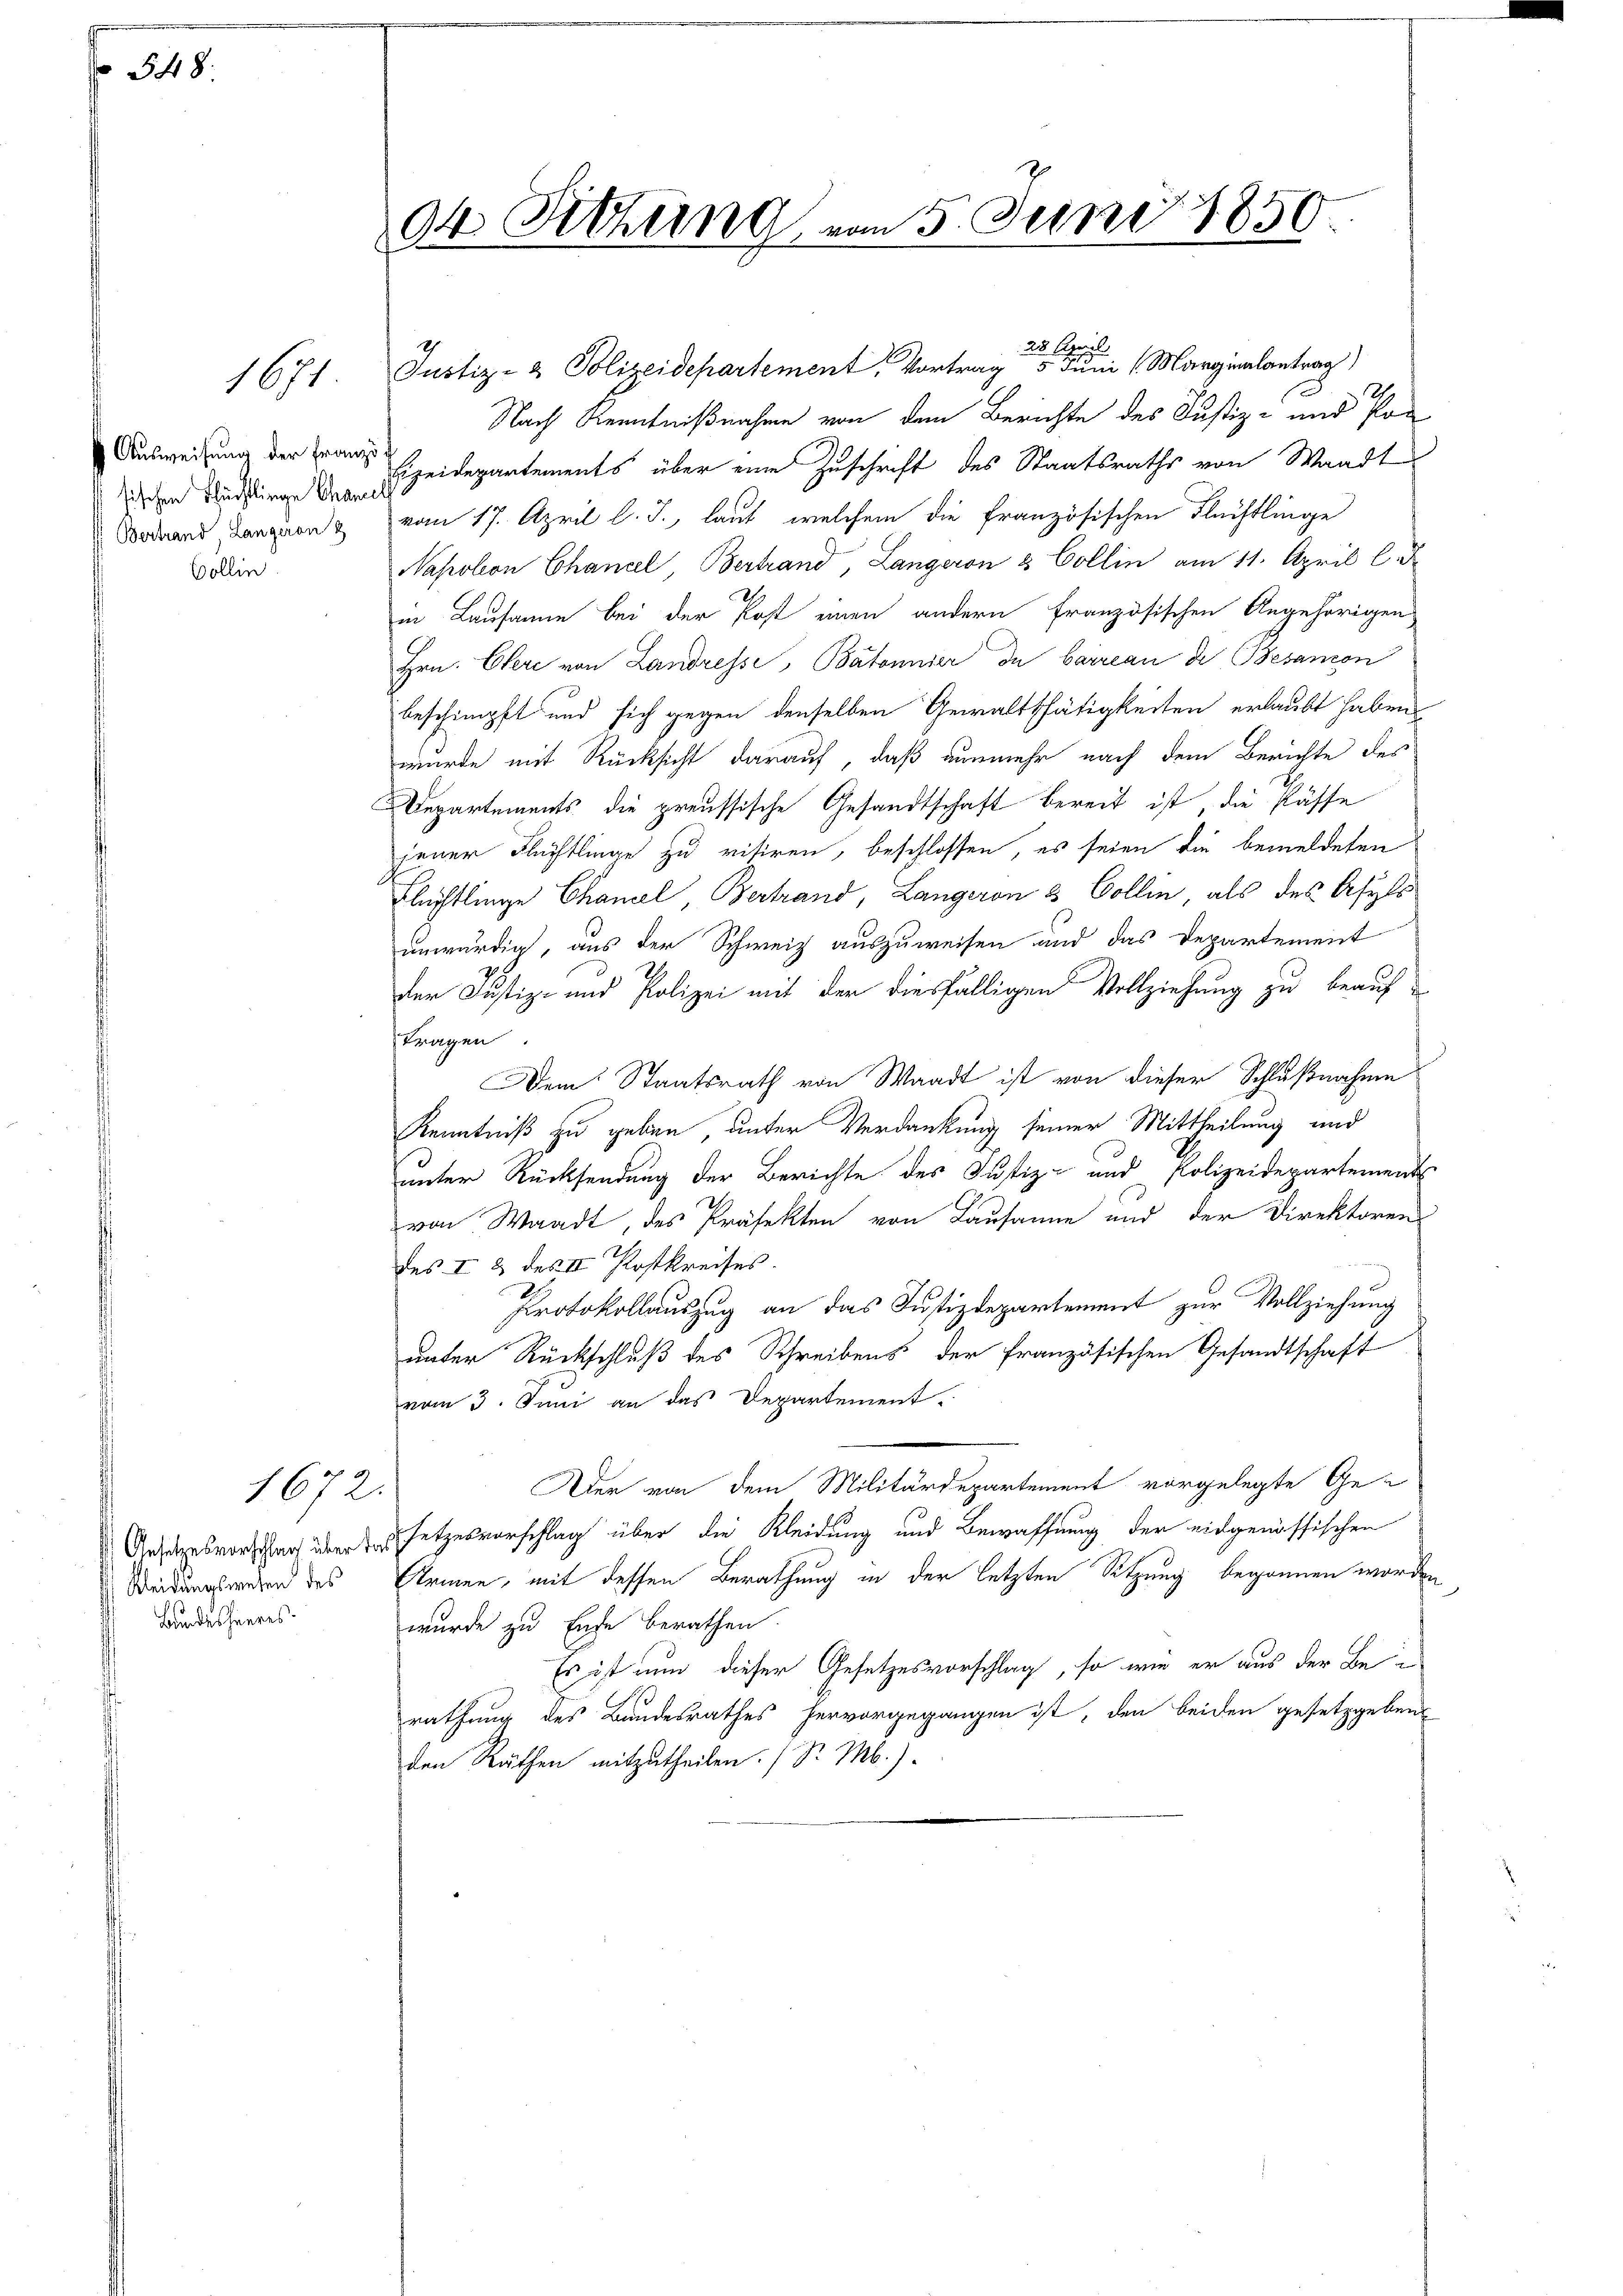
548.

1671.

Ausweisung der Franz
sischen Schüchtlinge Chanes
Bertrand, Langeron
Bollin

Ansetzesvorschlag über d
Kleidungswesen des
Bundesheeres

1672.

dt. Sitzung vom 5. Juni 1850.

23. April
Justiz- & Polizeidepartement, Vortrag 5. Juni (Marginalantrag)
Nach Kenntnißnahme von den Berichte des Justiz- und Pon

Eizeidepartements über eine Zuschrift des Staatsraths von Waadt
vom 17. April l. J., laut, welchem die Französischen Flüchtlinge
Napolon Chancel, Bertrand, Langeron & Collin am 11. April l. J
in Lausanne bei der Post einen andern französischen Angehörigen
Hrn. Ehere von Landresse, Batannier de barreau die Besanon
beschimpft und sich gegen denselben Gewaltthätigkeiten erlaubt haben,
wurde mit Rücksicht darauf, daß nunmehr nach dem Berichte des
Departements die preussische Gesandtschaft bereit ist die Pässe
jener Flüchtlinge zu visiren, beschlossen, es seien die bemeldeten
Flechtlinge Chamel, Bertrand, Langeren & Collin, als des Asyls
unwürdig, aus der Schweiz auszuweisen und das Departement
7
der Justiz- und Polizei mit der diesfälligen Vollziehung zu beauf
tragen.
Dem Staatsrath von Waadt ist von dieser Schlußnahme
Kenntniß zu geben unter Verdankung seiner Mittheilung und
unter Rücksendung der Berichte des Justiz- und Polizeidepartement
von Waadt, des Präfekten von Lausanne und der Direktoren
des I 3 des III Postkreises.
Protokollauszug an das Justizdepartement zur Vollziehung
unter Rückschluß des Schreibens der französischen Gesandtschaft
vom 3. Juni an das Departement.
Der von dem Militärdepartement vorgelegte Gesetzesvorschlag über die Kleidung und Bewaffnung der eidgenössischen
Armen, mit dessen Berathung in der letzten Sitzung begonnen worden
wurde zu Ende berathen
Es ist nun dieser Gesetzesvorschlag, so wie er aus der Bei
rathung des Bundesrathes hervorgegangen ist, den beiden gesetzgeben
den Räthen mitzutheilen. / Sr. M.).